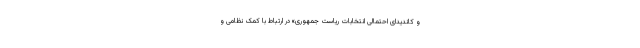
و کاندیدای احتمالی انتخابات ریاست جمهوری» در ارتباط با کمک نظامی و